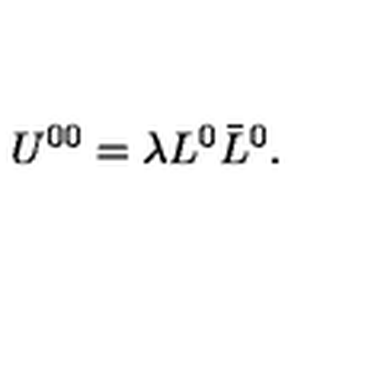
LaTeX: U ^ { 0 0 } = \lambda L ^ { 0 } \bar { L } ^ { 0 } .